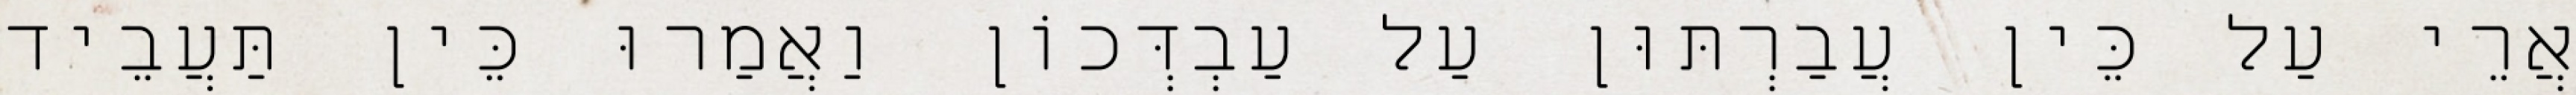
אֲרֵי עַל כֵּין עֲבַרְתּוּן עַל עַבְדְּכוֹן וַאֲמַרוּ כֵּין תַּעֲבֵיד